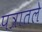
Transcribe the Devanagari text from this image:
पत्रातले